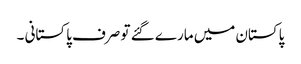
پاکستان میں مارے گئے تو صرف پاکستانی ۔